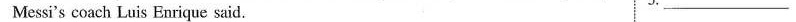
Messi's coach Luis Enrique said. 5.___